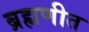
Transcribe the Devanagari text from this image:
ब्रह्मणीत